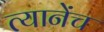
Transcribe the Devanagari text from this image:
त्यानेंच